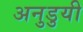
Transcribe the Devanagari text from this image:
अनुडुयी